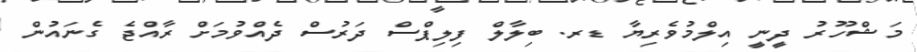
މަޝްހޫރު ދީނީ އިލްމުވެރިޔާ ޑރ. ބިލާލް ފިލިޕްސް ދަރުސް ދެއްވުމަށް ރާއްޖެ ގެނައުން